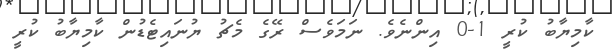
ކާމިޔާބު ކުރީ 1-0 އިންނެވެ. ނަމަވެސް ރޭގެ މެޗު ޔުނައިޓެޑުން ކާމިޔާބު ކުރީ